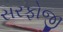
સરફોજી